Report on plague in the Punjab from October 1st ... to September 30th ..., being the ... season of plague in the province
Disease focus: Plague
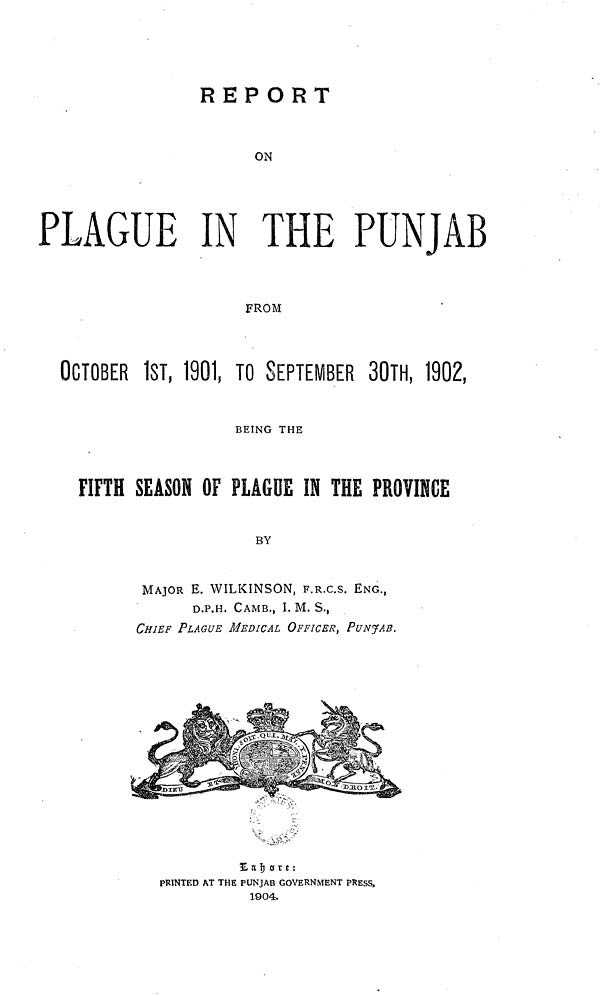
REPORT
ON
PLAGUE IN THE PUNJAB
FROM
OCTOBER 1ST, 1901, TO SEPTEMBER 30TH, 1902,
BEING THE
FIFTH SEASON OF PLAGUE IN THE PROVINCE
BY
MAJOR E. WILKINSON, F.R.C.S. ENG.,
D.P.H, CAMB., I. M. S.,
CHIEF PLAGUE MEDICAL OFFICER, PUNJAB.
Lahore:
PRINTED AT THE PUNJAB GOVERNMENT PRESS.
1904.